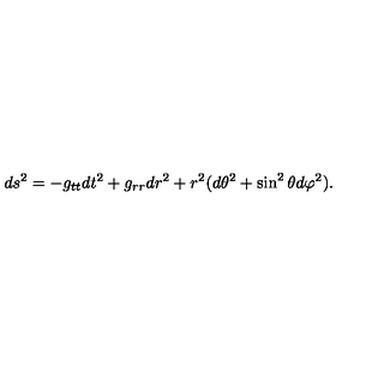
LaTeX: d s ^ { 2 } = - g _ { t t } d t ^ { 2 } + g _ { r r } d r ^ { 2 } + r ^ { 2 } ( d \theta ^ { 2 } + \sin ^ { 2 } \theta d \varphi ^ { 2 } ) .